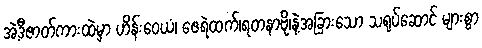
အဲ့ဒီဇာတ်ကားထဲမှာ ဟိန်းဝေယံ၊ ဇေရဲထက်၊ရတနာဗို၊နဲ့အခြားသော သရုပ်ဆောင် များစွာ